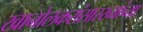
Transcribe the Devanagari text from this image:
खानोलकरांसारख्यांच्या